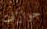
جوازات